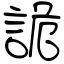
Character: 詭